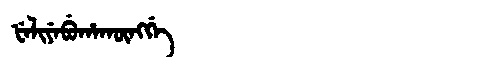
Manchu: ᡶᡝᠯᡳᠶᡝᠪᡠᡥᠠᡴᡡᠩᡤᡝ
Romanization: FELIYEBUHAKŪNGGE